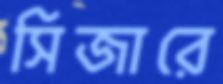
সিজারে